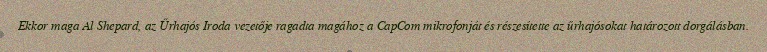
Ekkor maga Al Shepard, az Űrhajós Iroda vezetője ragadta magához a CapCom mikrofonját és részesítette az űrhajósokat határozott dorgálásban.